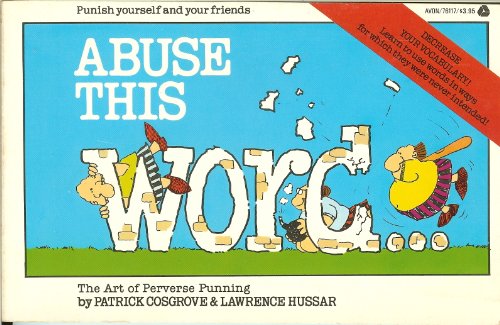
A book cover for Abuse This Word--; Patrick Cosgrove; Humor & Entertainment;